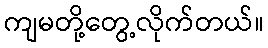
ကျမတို့တွေ့လိုက်တယ်။